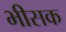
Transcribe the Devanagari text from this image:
भीसक